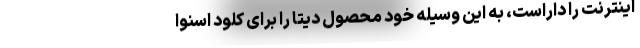
اینترنت را داراست، به این وسیله خود محصول دیتا را برای کلود اسنوا